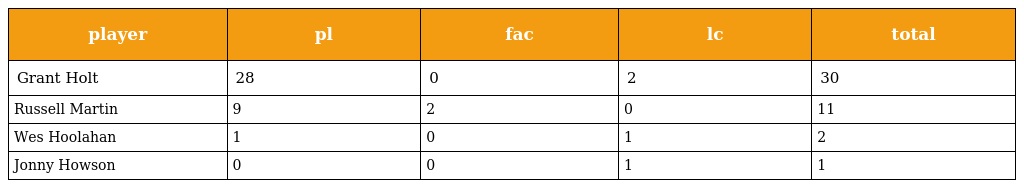
| player | pl | fac | lc | total |
 | --- | --- | --- | --- | --- |
 | Grant Holt | 28 | 0 | 2 | 30 |
 | Russell Martin | 9 | 2 | 0 | 11 |
 | Wes Hoolahan | 1 | 0 | 1 | 2 |
 | Jonny Howson | 0 | 0 | 1 | 1 |